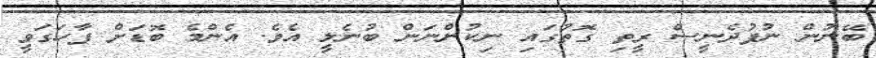
ބޭނުން ނުފުދެނީސް ރީތި ގޮތުގައި ނިކުންނަން ބުނެލީ އެވެ. އެންމެ ބޮޑަށް ފާހަގަވީ